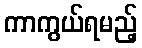
ကာကွယ်ရမည့်